Report on the working of the mental hospitals for Indians in Bihar and Orissa - 1925-1929
Year: 1925
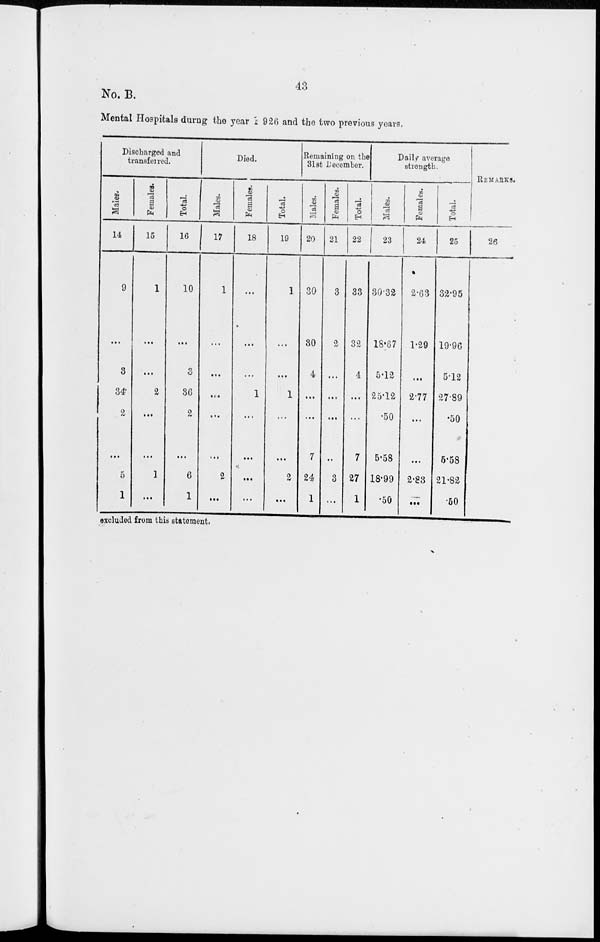
43
No. B.
Mental Hospitals during the year 1926 and the two previous years.
Discharged and
transferred.
Males.
14
9
...
3
34
2
...
5
1
Females.
15
1
...
...
2
...
...
1
...
Total.
16
10
...
3
36
2
...
6
1
Died.
Males.
17
1
...
...
...
...
...
2
...
Females.
18
...
...
...
1
...
...
...
...
Total.
19
1
...
...
1
...
...
2
...
Remaining on the
31st December.
Males.
20
30
30
4
...
...
7
24
1
Females.
21
3
2
...
...
...
...
3
...
Total.
22
33
32
4
...
...
7
27
1
Daily average
strength.
Males.
23
30.32
18.67
5.12
25.12
.50
5.58
18.99
.50
Females.
24
2.63
1.29
...
27.7
...
...
2.83
...
Total.
25
32.95
19.96
5.12
27.89
.50
5.58
21.82
.50
REMARKS.
26
excluded from this statement.